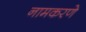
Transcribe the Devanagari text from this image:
नामकरणे